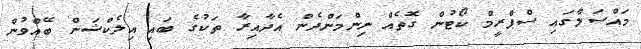
މައްސަލާގައި ސްޕްރީމް ކޯޓުން ގޮތެއް ނިންމަންދެން އެދާއިރާ ތަކުގެ ބައި އިލެކްޝަން ބޭއްވުން